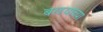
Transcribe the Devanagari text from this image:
बरडयाच्या